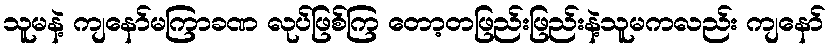
သူမနဲ့ ကျနော်မကြာခဏ လုပ်ဖြစ်ကြ တော့တဖြည်းဖြည်းနဲ့သူမကလည်း ကျနော်